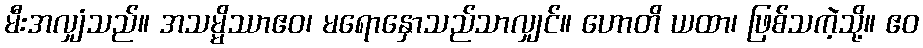
မီးအလျှံသည်။ အသမ္မိဿာဧဝ၊ မရောနှောသည်သာလျှင်။ ဟောတိ ယထာ၊ ဖြစ်သကဲ့သို့။ ဧဝ